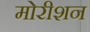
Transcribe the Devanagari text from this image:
मोरीशन